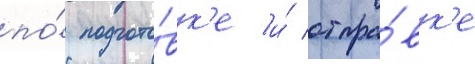
по́ подгото́вк'е и́ отпра́вк'е